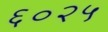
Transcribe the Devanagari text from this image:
६०२५